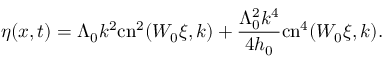
\eta ( x , t ) = \Lambda _ { 0 } k ^ { 2 } \mathrm { c n } ^ { 2 } ( W _ { 0 } \xi , k ) + \frac { \Lambda _ { 0 } ^ { 2 } k ^ { 4 } } { 4 h _ { 0 } } \mathrm { c n } ^ { 4 } ( W _ { 0 } \xi , k ) .